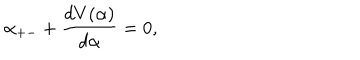
\alpha _ { + - } + \frac { d V ( \alpha ) } { d \alpha } = 0 ,